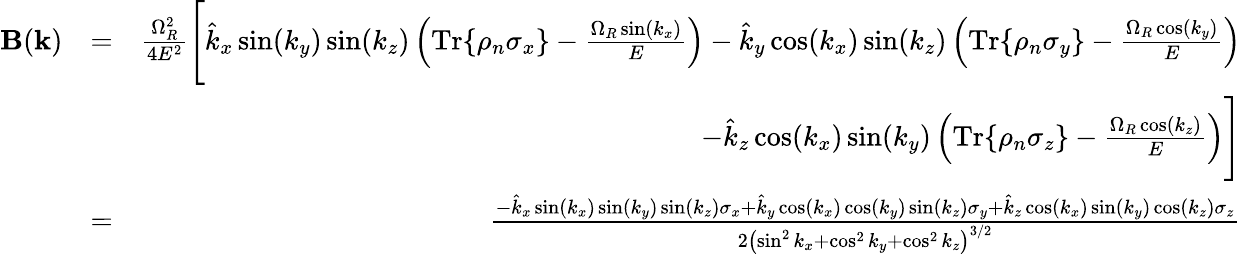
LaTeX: \begin{array}{rlr}{\mathbf{B}(\mathbf{k})}&{=}&{\frac{\Omega_{R}^{2}}{4E^{2}}\Bigg[\hat{k}_{x}\sin(k_{y})\sin(k_{z})\left(\mathrm{Tr}\{ \rho_{n}\sigma_{x}\} -\frac{\Omega_{R}\sin(k_{x})}{E}\right)-\hat{k}_{y}\cos(k_{x})\sin(k_{z})\left(\mathrm{Tr}\{ \rho_{n}\sigma_{y}\} -\frac{\Omega_{R}\cos(k_{y})}{E}\right)}\\ &{}&{\; \; -\hat{k}_{z}\cos(k_{x})\sin(k_{y})\left(\mathrm{Tr}\{ \rho_{n}\sigma_{z}\} -\frac{\Omega_{R}\cos(k_{z})}{E}\right)\Bigg]}\\ &{=}&{\frac{-\hat{k}_{x}\sin(k_{x})\sin(k_{y})\sin(k_{z})\sigma_{x}+\hat{k}_{y}\cos(k_{x})\cos(k_{y})\sin(k_{z})\sigma_{y}+\hat{k}_{z}\cos(k_{x})\sin(k_{y})\cos(k_{z})\sigma_{z}}{2\left(\sin^{2}k_{x}+\cos^{2}k_{y}+\cos^{2}k_{z}\right)^{3/2}}}\end{array}